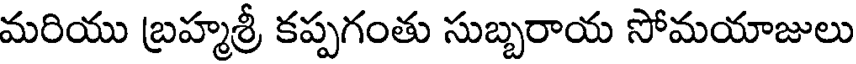
మరియు బ్రహ్మశ్రీ కప్పగంతు సుబ్బరాయ సోమయాజులు